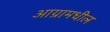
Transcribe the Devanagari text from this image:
आग्रामधील